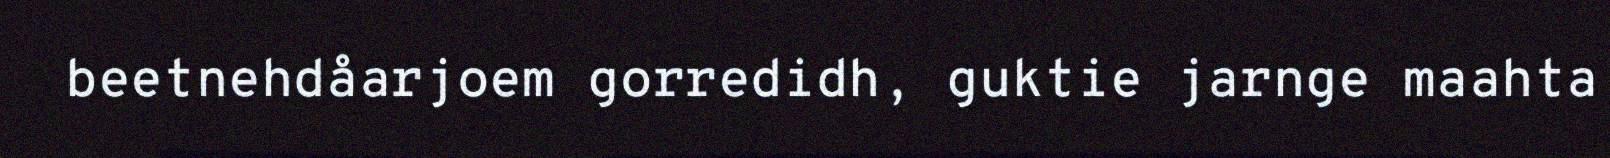
beetnehdåarjoem gorredidh, guktie jarnge maahta